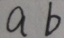
a b